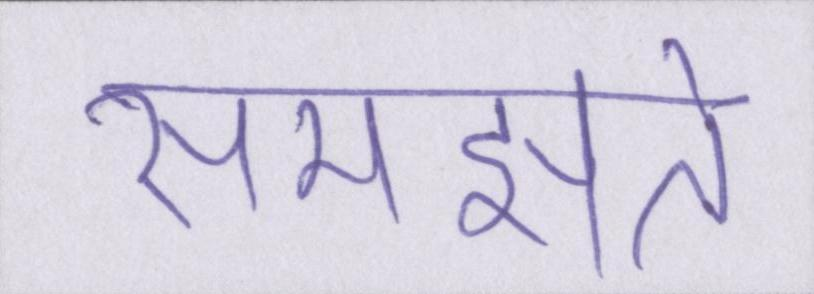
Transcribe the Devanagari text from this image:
समझते